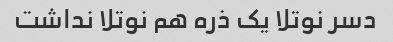
دسر نوتلا یک ذره هم نوتلا نداشت